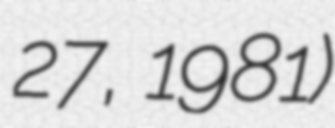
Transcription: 27, 1981)